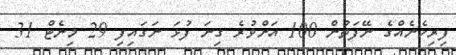
ފިރިހެނެއްގެ ނޭފަތުން 100 އަށްވުރެ ގިނަ ފުޅަ ނަގައިފި 29 މިނެޓް 31